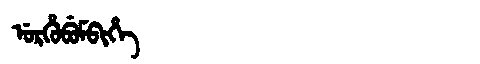
Manchu: ᡠᡵᡥᡠᠪᡠᠮᠪᡳᡥᡝ
Romanization: URHUBUMBIHE